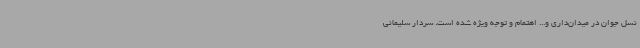
نسل جوان در میدان‌داری و... اهتمام و توجه ویژه شده است. سردار سلیمانی